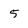
Character: 5